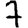
Digit: 7